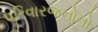
પરિવારજનોનો